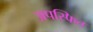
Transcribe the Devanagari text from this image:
अपस्फित